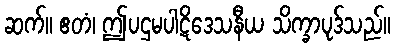
ဆက်။ ဧတံ၊ ဤပဌမပါဋိဒေသနီယ သိက္ခာပုဒ်သည်။